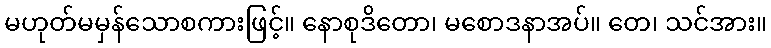
မဟုတ်မမှန်သောစကားဖြင့်။ နောစုဒိတော၊ မစောဒနာအပ်။ တေ၊ သင်အား။